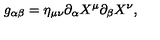
g _ { \alpha \beta } = \eta _ { \mu \nu } \partial _ { \alpha } X ^ { \mu } \partial _ { \beta } X ^ { \nu } ,